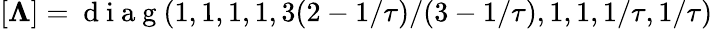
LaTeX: [\mathbf{\Lambda}]=\mathrm{~d~i~a~g~}(1,1,1,1,3(2-1/\tau)/(3-1/\tau),1,1,1/\tau,1/\tau)